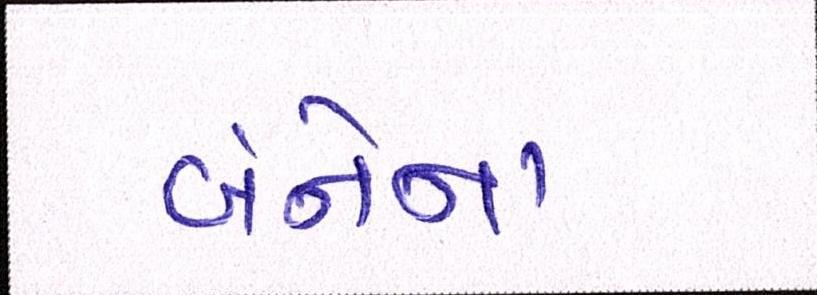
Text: બંનેનાં